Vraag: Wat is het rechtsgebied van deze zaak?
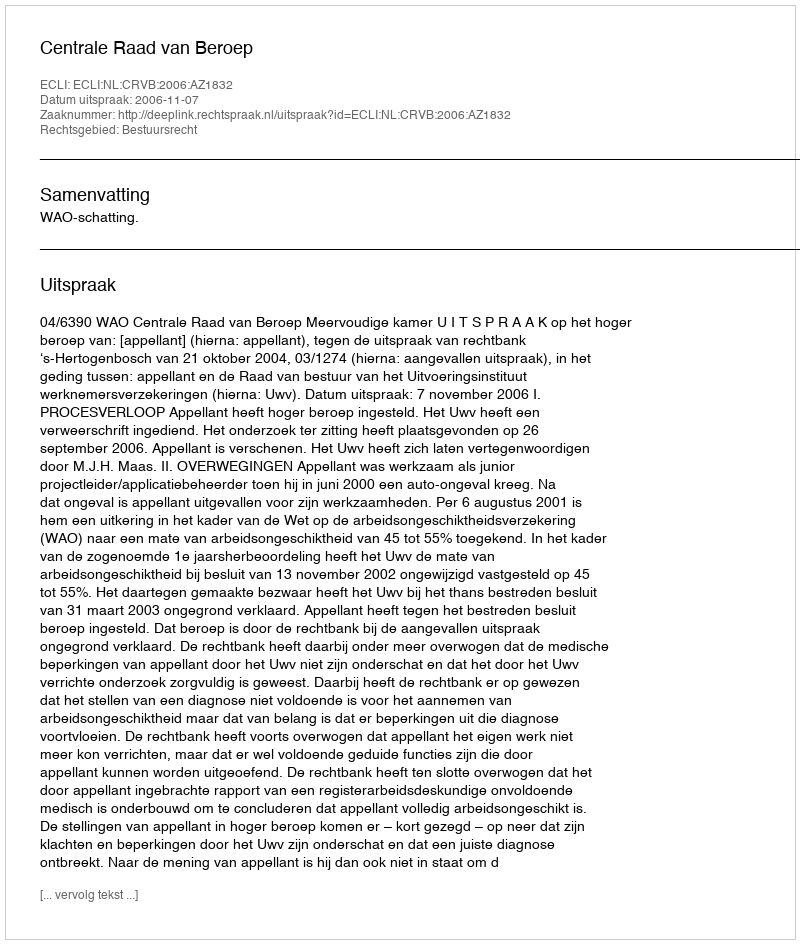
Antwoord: Bestuursrecht